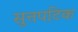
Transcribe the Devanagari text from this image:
सुत्तपटिक